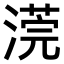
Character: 𣻻